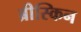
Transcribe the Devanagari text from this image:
ब्रीस्किन